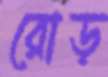
রোড়